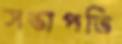
সভাপতি